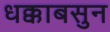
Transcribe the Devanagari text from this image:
धक्काबसुन